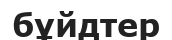
бұйдтер